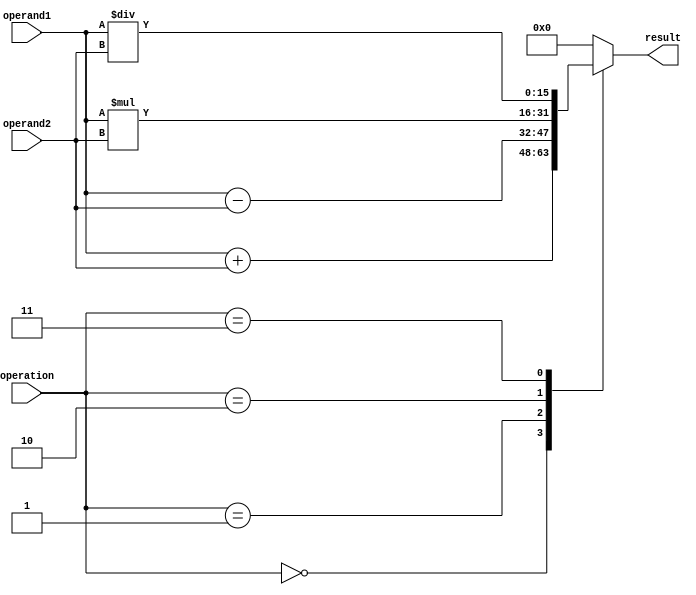
module ALU (
    input [15:0] operand1,
    input [15:0] operand2,
    input [3:0] operation,
    output reg [15:0] result
);

// Define arithmetic blocks for addition, subtraction, multiplication, and division
always @(*)
begin
    case(operation)
        4'b0000: result = operand1 + operand2; // Addition
        4'b0001: result = operand1 - operand2; // Subtraction
        4'b0010: result = operand1 * operand2; // Multiplication
        4'b0011: result = operand1 / operand2; // Division
        default: result = 16'b0;
    endcase
end

endmodule